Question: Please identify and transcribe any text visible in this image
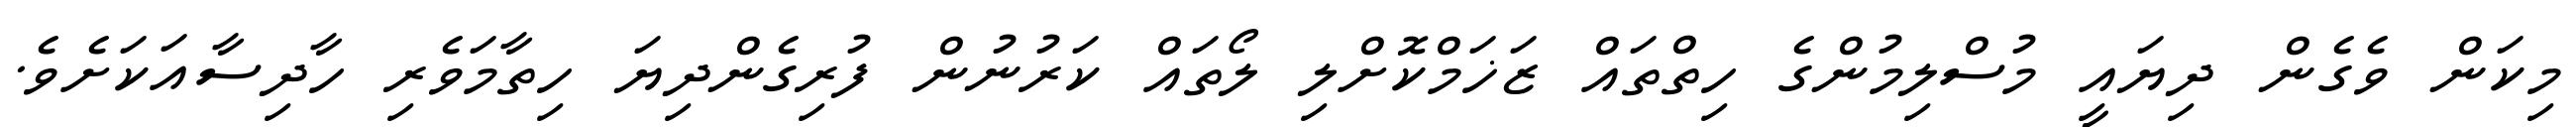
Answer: މިކަން ވެގެން ދިޔައީ މުސްލިމުންގެ ހިތްތައް ޒަޚަމްކޮށްލި ލޯތައް ކަރުނުން ފުރިގެންދިޔަ ހިތާމަވެރި ހާދިސާއަކަށެވެ.